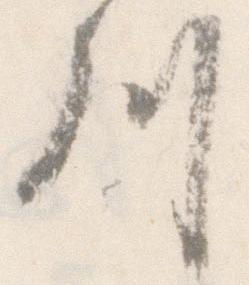
川